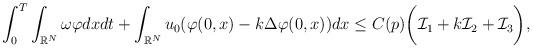
LaTeX: \begin{align*}&\int_0^T\int_{\mathbb{R}^{N}} \omega\varphi dx dt+\int_{\mathbb{R}^{N}}u_0(\varphi(0,x)-k\Delta\varphi(0,x))dx\leq C(p)\biggr(\mathcal{I}_1+k\mathcal{I}_2+\mathcal{I}_3\biggr),\end{align*}